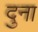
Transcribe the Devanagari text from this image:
दुना